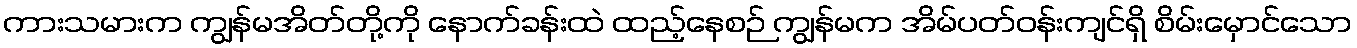
ကားသမားက ကျွန်မအိတ်တို့ကို နောက်ခန်းထဲ ထည့်နေစဉ် ကျွန်မက အိမ်ပတ်ဝန်းကျင်ရှိ စိမ်းမှောင်သော